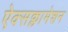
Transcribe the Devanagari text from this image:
ऐक्सक्लामेशन